Plague in India, 1896, 1897 - Volume 1
Year: 1896
Disease focus: Plague
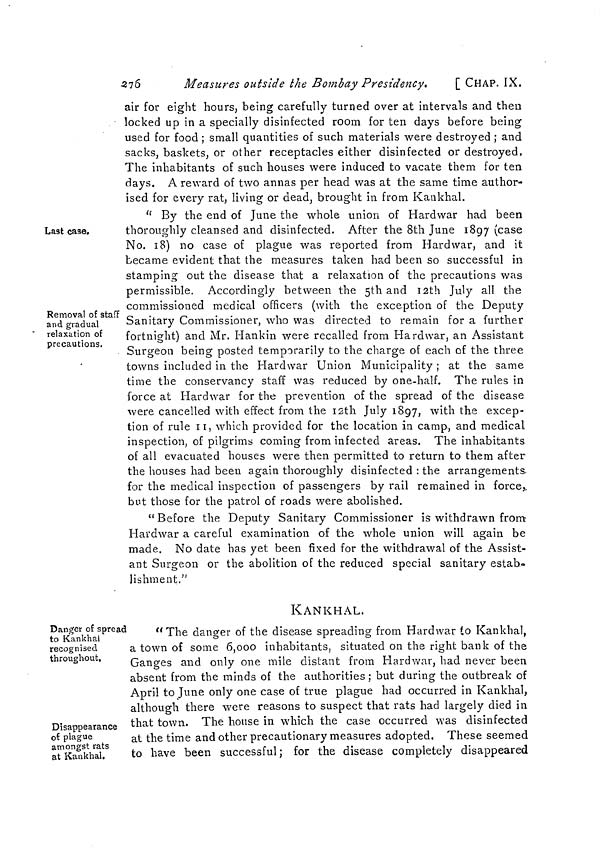
276
Measures outside the Bombay Presidency.
[ CHAP. IX.
air for eight hours, being carefully turned over at intervals and then
locked up in a specially disinfected room for ten days before being
used for food ; small quantities of such materials were destroyed ; and
sacks, baskets, or other receptacles either disinfected or destroyed,
The inhabitants of such houses were induced to vacate them for ten
days. A reward of two annas per head was at the same time author-
ised for every rat, living or dead, brought in from Kankhal.
Last case.
Removal of staff
and gradual
relaxation of
precautions.
" By the end of June the whole union of Hardwar had been
thoroughly cleansed and disinfected. After the 8th June 1897 (case
No. 18) no case of plague was reported from Hardwar, and it
became evident that the measures taken had been so successful in
stamping out the disease that a relaxation of the precautions was
permissible. Accordingly between the 5th and 12th July all the
commissioned medical officers (with the exception of the Deputy
Sanitary Commissioner, who was directed to remain for a further
fortnight) and Mr. Hankin were recalled from Hardwar, an Assistant
Surgeon being posted temporarily to the charge of each of the three
towns included in the Hardwar Union Municipality; at the same
time the conservancy staff was reduced by one-half. The rules in
force at Hardwar for the prevention of the spread of the disease
were cancelled with effect from the 12th July 1897, with the excep-
tion of rule 11, which provided for the location in camp, and medical
inspection, of pilgrims coming from infected areas. The inhabitants
of all evacuated houses were then permitted to return to them after
the houses had been again thoroughly disinfected : the arrangements
for the medical inspection of passengers by rail remained in force,
but those for the patrol of roads were abolished.
"Before the Deputy Sanitary Commissioner is withdrawn from
Hardwar a careful examination of the whole union will again be
made. No date has yet been fixed for the withdrawal of the Assist-
ant Surgeon or the abolition of the reduced special sanitary estab-
lishment."
KANKHAL.
Danger of spread
to Kankhal
recognised
throughout.
Disappearance
of plague
amongst rats
at Kankhal.
"The danger of the disease spreading from Hardwar to Kankhal,
a town of some 6,000 inhabitants, situated on the right bank of the
Ganges and only one mile distant from Hardwar, had never been
absent from the minds of the authorities ; but during the outbreak of
April to June only one case of true plague had occurred in Kankhal,
although there were reasons to suspect that rats had largely died in
that town. The house in which the case occurred was disinfected
at the time and other precautionary measures adopted. These seemed
to have been successful; for the disease completely disappeared